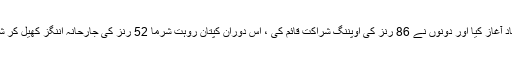
بھارت کی جانب سے کپتان روہت شرما اور شیکھر دھون نے اننگز کا پراعتماد آغاز کیا اور دونوں نے 86 رنز کی اوپننگ شراکت قائم کی ، اس دوران کپتان روہت شرما 52 رنز کی جارحانہ اننگز کھیل کر شاداب خان کا شکار بنے، ان کی اننگز میں 3 چھکے اور 6 چوکے شامل تھے۔